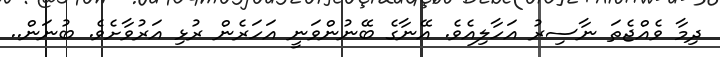
ދިމާ ވެއްޖެތަ ނާސިރު އަހާލިއެވެ. އޭނާގެ ބޭނުންވަނީ އަހަރެން ރުޅި އަރުވާށެވެ. ބުނަން..